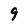
Character: 9